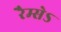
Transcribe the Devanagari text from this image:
रैम्सेऽ